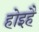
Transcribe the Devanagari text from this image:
होइहै